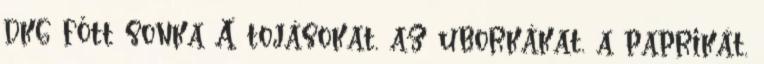
dkg főtt sonka A tojásokat, az uborkákat, a paprikát,